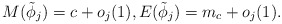
\begin{align*}M(\tilde{\phi}_j)=c+o_j(1),E(\tilde{\phi}_j)=m_c+o_j(1).\end{align*}